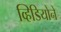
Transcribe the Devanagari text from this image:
व्हिडियोने